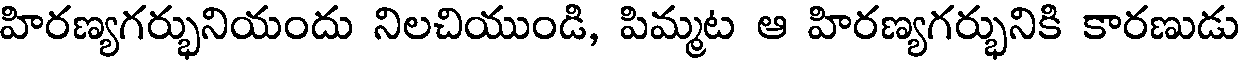
హిరణ్యగర్భునియందు నిలచియుండి, పిమ్మట ఆ హిరణ్యగర్భునికి కారణుడు